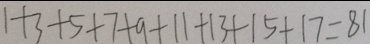
1 + 3 + 5 + 7 + 9 + 1 1 + 1 3 + 1 5 + 1 7 = 8 1